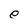
Character: e